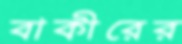
বাকীরের